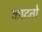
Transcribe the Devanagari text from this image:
काटतो